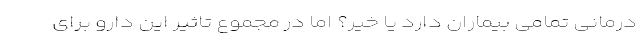
درمانی تمامی بیماران دارد یا خیر؟ اما در مجموع تاثیر این دارو برای